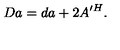
D a = d a + 2 A ^ { \prime H } .